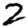
Digit: 2